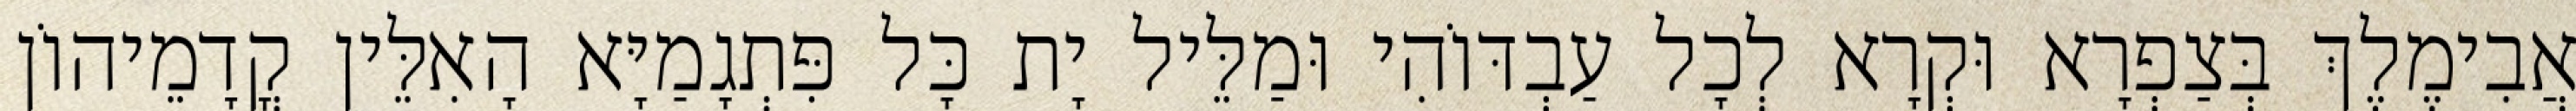
אֲבִימֶלֶךְ בְּצַפְרָא וּקְרָא לְכָל עַבְדּוֹהִי וּמַלֵּיל יָת כָּל פִּתְגָמַיָּא הָאִלֵּין קֳדָמֵיהוֹן